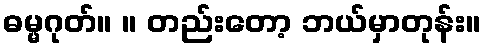
ဓမ္မဂုတ်။ ။ တည်းတော့ ဘယ်မှာတုန်း။